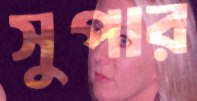
সুপার